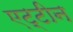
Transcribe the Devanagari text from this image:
एट्टीन